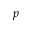
p